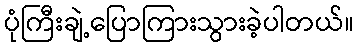
ပုံကြီးချဲ့ပြောကြားသွားခဲ့ပါတယ်။